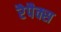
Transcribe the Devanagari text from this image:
रैपैक्स